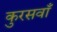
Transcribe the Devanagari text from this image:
कुरसवाँ